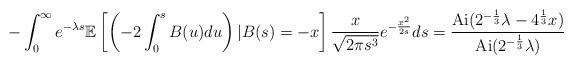
LaTeX: \begin{align*}-\int_{0}^{\infty}e^{-\lambda s}\mathbb{E}\left[\left(-2 \int_{0}^{s} B(u)du \right) \vert B(s)=-x\right]\frac{x}{\sqrt{2\pi s^3}} e^{-\frac{x^2}{2s}}ds=\frac{\mathrm{Ai}(2^{-\frac{1}{3}}\lambda -4^{\frac{1}{3}}x)}{\mathrm{Ai}(2^{-\frac{1}{3}}\lambda)}\end{align*}